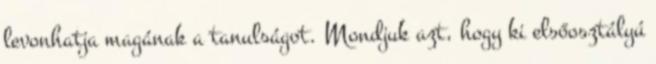
levonhatja magának a tanulságot. Mondjuk azt, hogy ki elsőosztályú